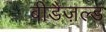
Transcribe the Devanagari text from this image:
बीडैज़ल्ड